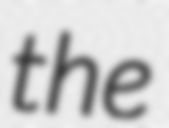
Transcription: the